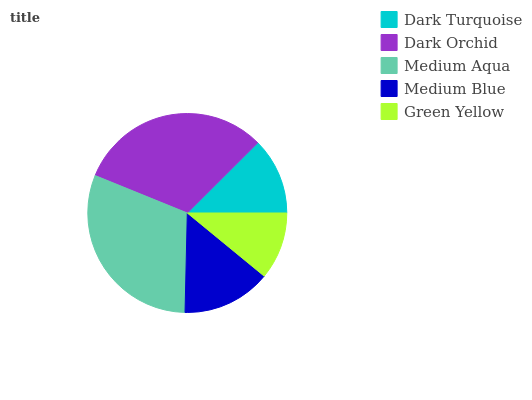
| Dark Turquoise | Dark Orchid | Medium Aqua | Medium Blue | Green Yellow |
 | --- | --- | --- | --- | --- |
 | 12.5% | 31.4% | 30.7% | 14.4% | 10.9% |